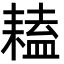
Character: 𦔏